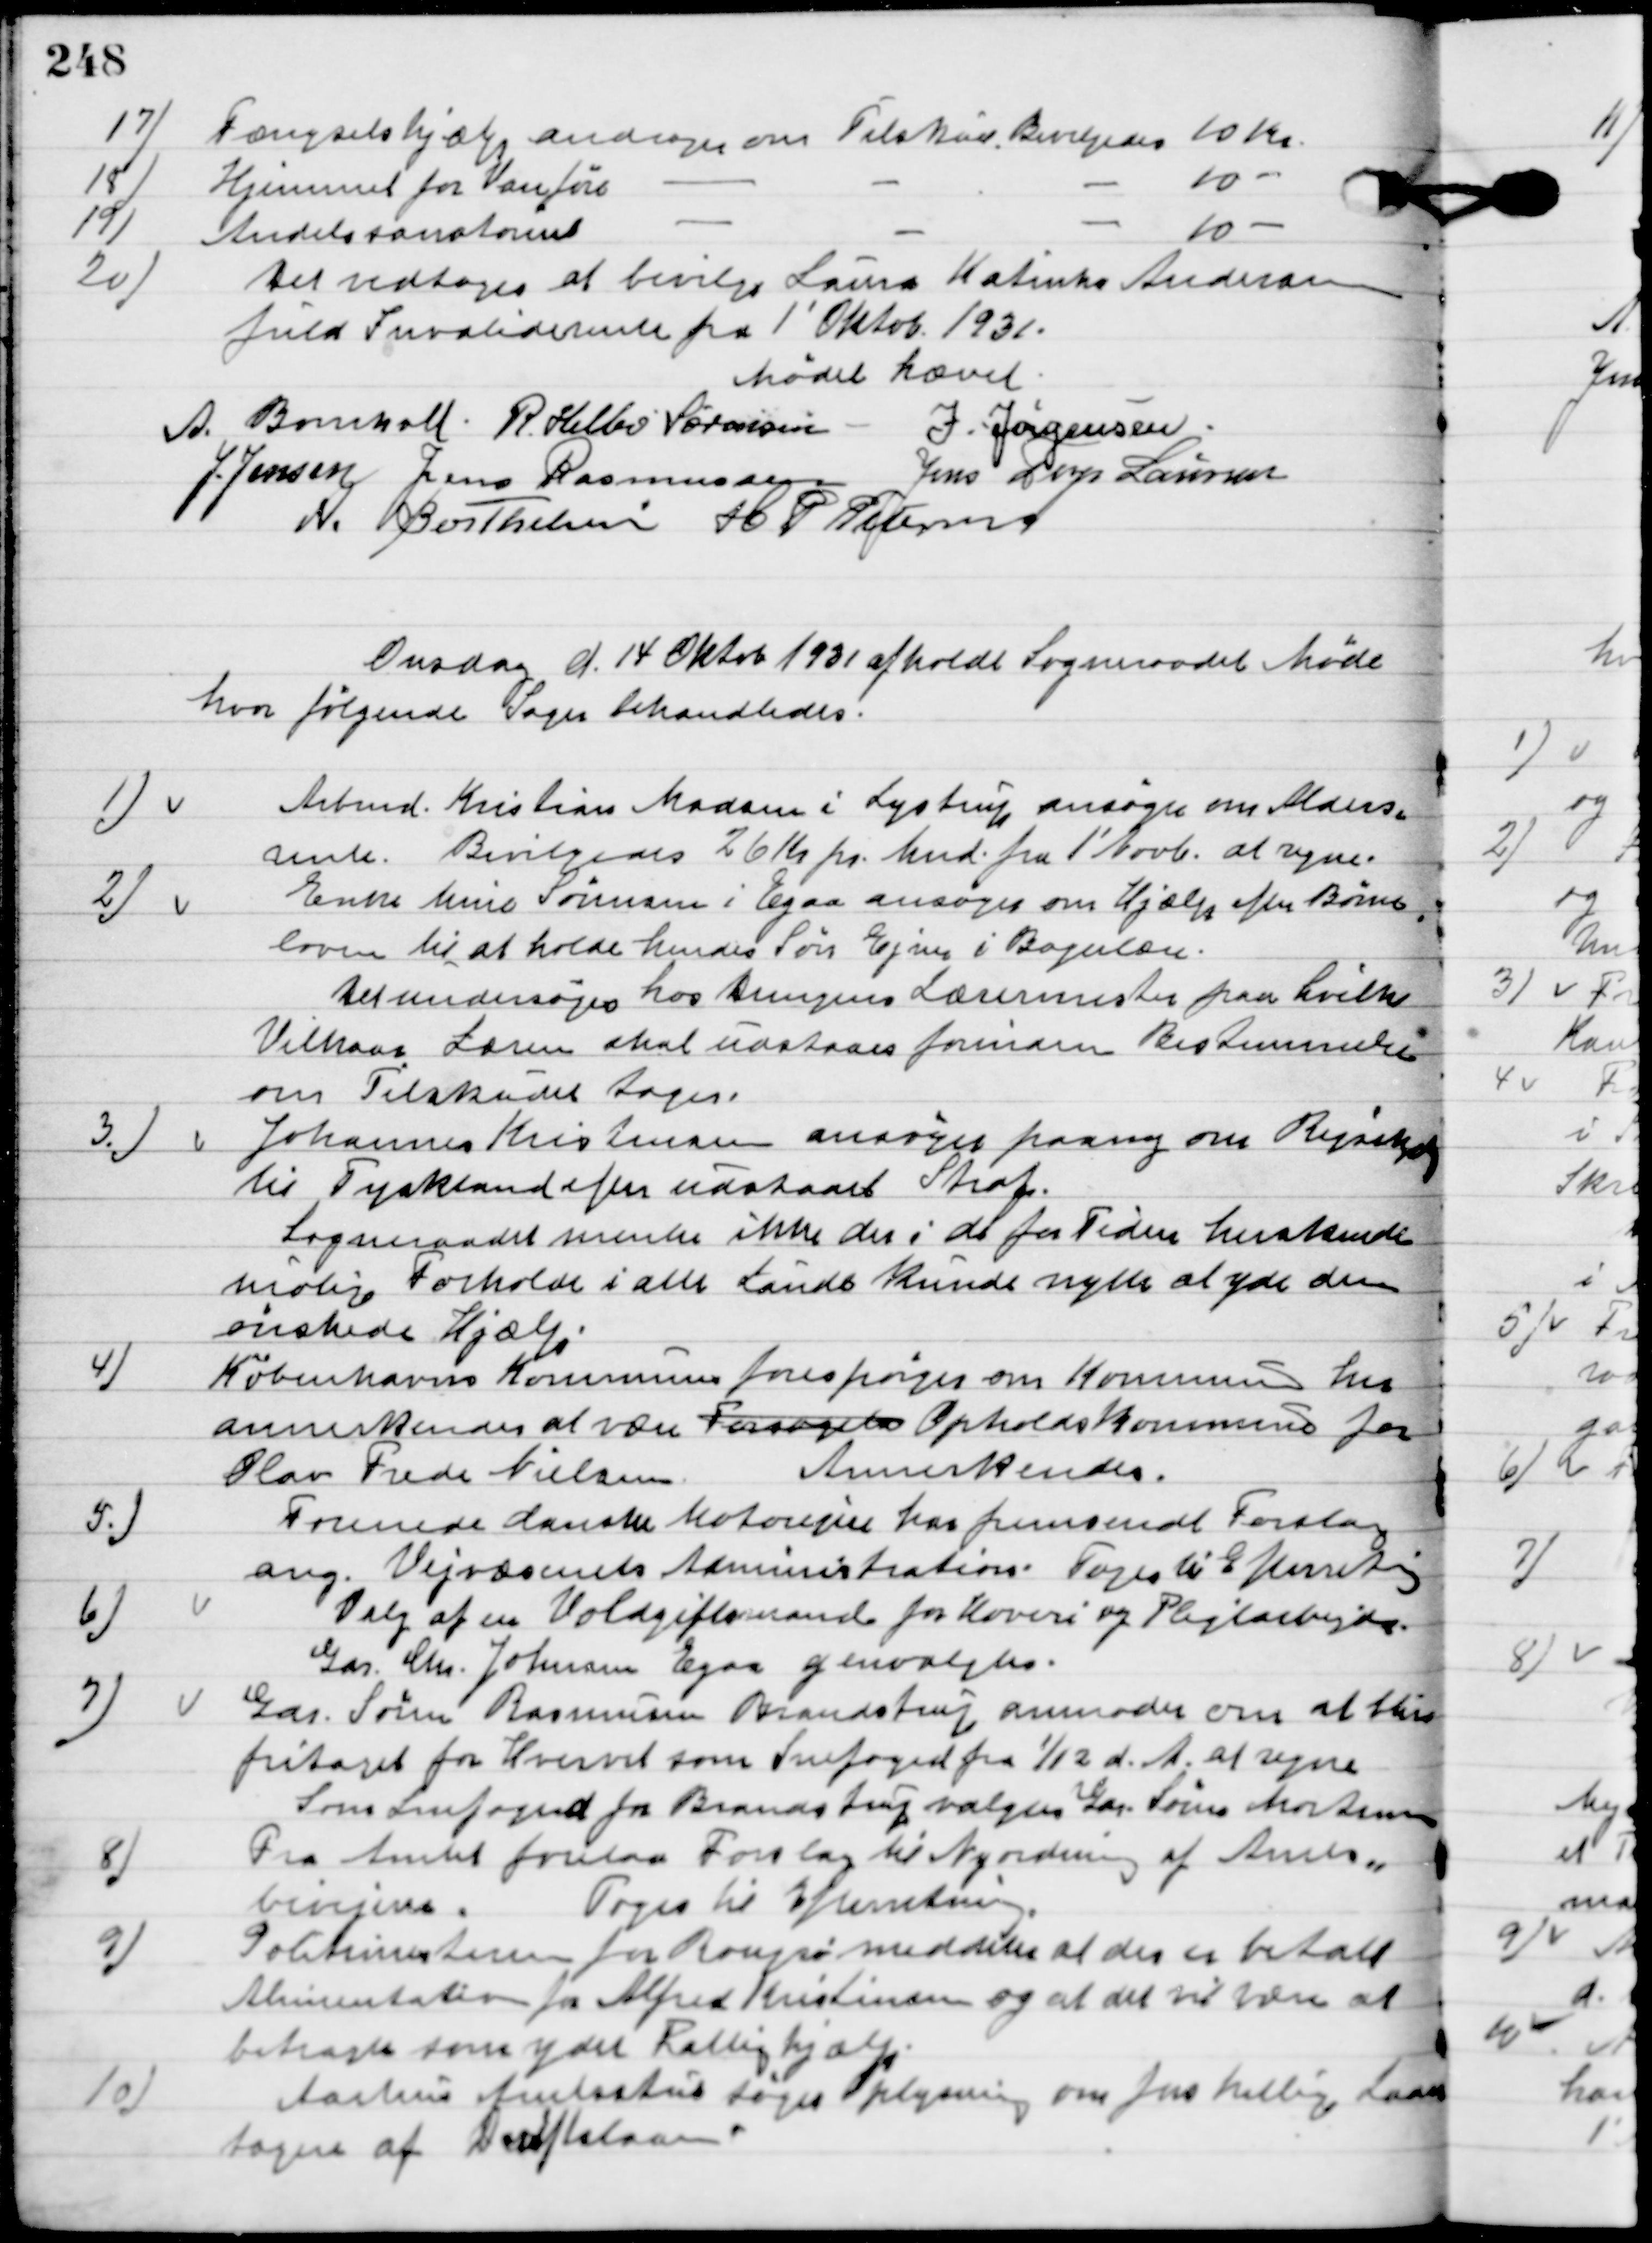
Transskription:
17.

Fængselshjælp andrager om Tilskud.
Bevilgedes 10 Kr.

18

Hjemmet for Vanføre andrager om Tilskud.
Bevilgedes 10 Kr.

19

Andels sanatoriet andrager om Tilskud.
Bevilgedes 10 Kr.

20

Det vedtoges at bevilgede Laura Katinka Andersen
fuld Invaliderente fra 1´ Oktob. 1931.

Mødet hævet.

A. Bomholt
R. Helbo Sørensen
I. Jørgensen
Jens Jensen
Jens Rasmussen
Jens Terp Laursen
A. Berthelsen
H. P. Petersen

Onsdag d. 14. Oktob. 1931 afholdt Sogneraadet Møde
hvor følgende Sager behandledes.

1

Arbmd. Kristian Madsen i Lystrup ansøger om Alders-
rente. Bevilgedes 26 Kr. Mnd. Fra 1´ Novb. at regne.

2.

Enke Marie Sørensen i Egaa ansøger om Hjælp efter Børne-
loven til at holde hendes Søn Ejner i Bogerlære.
Det undersøges hos dennes Læremester på hvilken
Vilkaar Læren skal udstaaes forinden Bestemmelsen
om Tilskud tages.

3

Johannes Kristensen ansøger paany om Rejsepenge 
til Tyskland efter udstaaet Straf. 
Sogneraadet mente ikke der i det for tiden her herskende 
mulig Forhold i alle Lands kunde nytte at yde den 
ønskede Hjælp.

4

Københavns Kommune forespørger om Kommunen her
annerkender at være Opholdskommune for
Olav Frede Nielsen
Annerkendes.

5

Forenede danske Motorejer har fremsendt forslag
ang. Vejvæsenets Administration.
Toges til Efterretning.

6.

Valg af en Voldgiftsmand for hoveri og Pligtarbejde.
Gdr. Chr. Jokumsen Egaa genvalgtes.

7

Gdr. Søren Rasmussen Brandstrup anmoder om at blive
fritaget for Hvervet som Snefoged fra 1/12 d. A. at regne.
Snefoged for Brandstrup valgtes Gdr. Søren Mortensen.

8

Fra Amtet forelaa forslag til Nyordning af Amtets
biveje. Toges til Efterretning.

9

Politimesteren for Rougsø meddeler at der er betalt
Alimentationsbidrag for Alfred Kristensen og at det vil være at
betragtes som ydet Fattighjælp.

10.

Aarhus Amtsstue søger oplysning om Jens Helberg Laan 
tags af driftslaan.